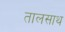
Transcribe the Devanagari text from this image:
तालसाथ